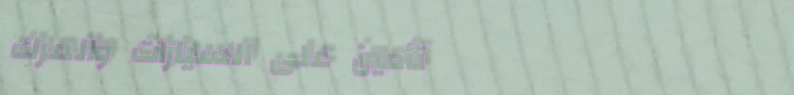
تأمين على السيارات والمرك